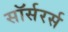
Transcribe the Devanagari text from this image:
सॉर्सरर्स